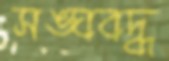
সঙ্ঘবদ্ধ